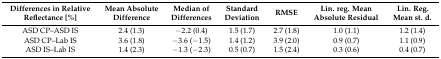
<table><thead><tr><td><b>Differences in Relative Reflectance [%]</b></td><td><b>Mean Absolute Difference</b></td><td><b>Median of Differences</b></td><td><b>Standard Deviation</b></td><td><b>RMSE</b></td><td><b>Lin. reg. Mean Absolute Residual</b></td><td><b>Lin. Reg. Mean st. d.</b></td></tr></thead><tbody><tr><td>ASD CP–ASD IS</td><td>2.4 (1.3)</td><td>−2.2 (0.4)</td><td>1.5 (1.7)</td><td>2.7 (1.8)</td><td>1.0 (1.1)</td><td>1.2 (1.4)</td></tr><tr><td>ASD CP–Lab IS</td><td>3.6 (1.8)</td><td>−3.6 (−1.5)</td><td>1.4 (1.2)</td><td>3.9 (2.0)</td><td>0.9 (0.7)</td><td>1.1 (0.9)</td></tr><tr><td>ASD IS–Lab IS</td><td>1.4 (2.3)</td><td>−1.3 (−2.3)</td><td>0.5 (0.7)</td><td>1.5 (2.4)</td><td>0.3 (0.6)</td><td>0.4 (0.7)</td></tr></tbody></table>